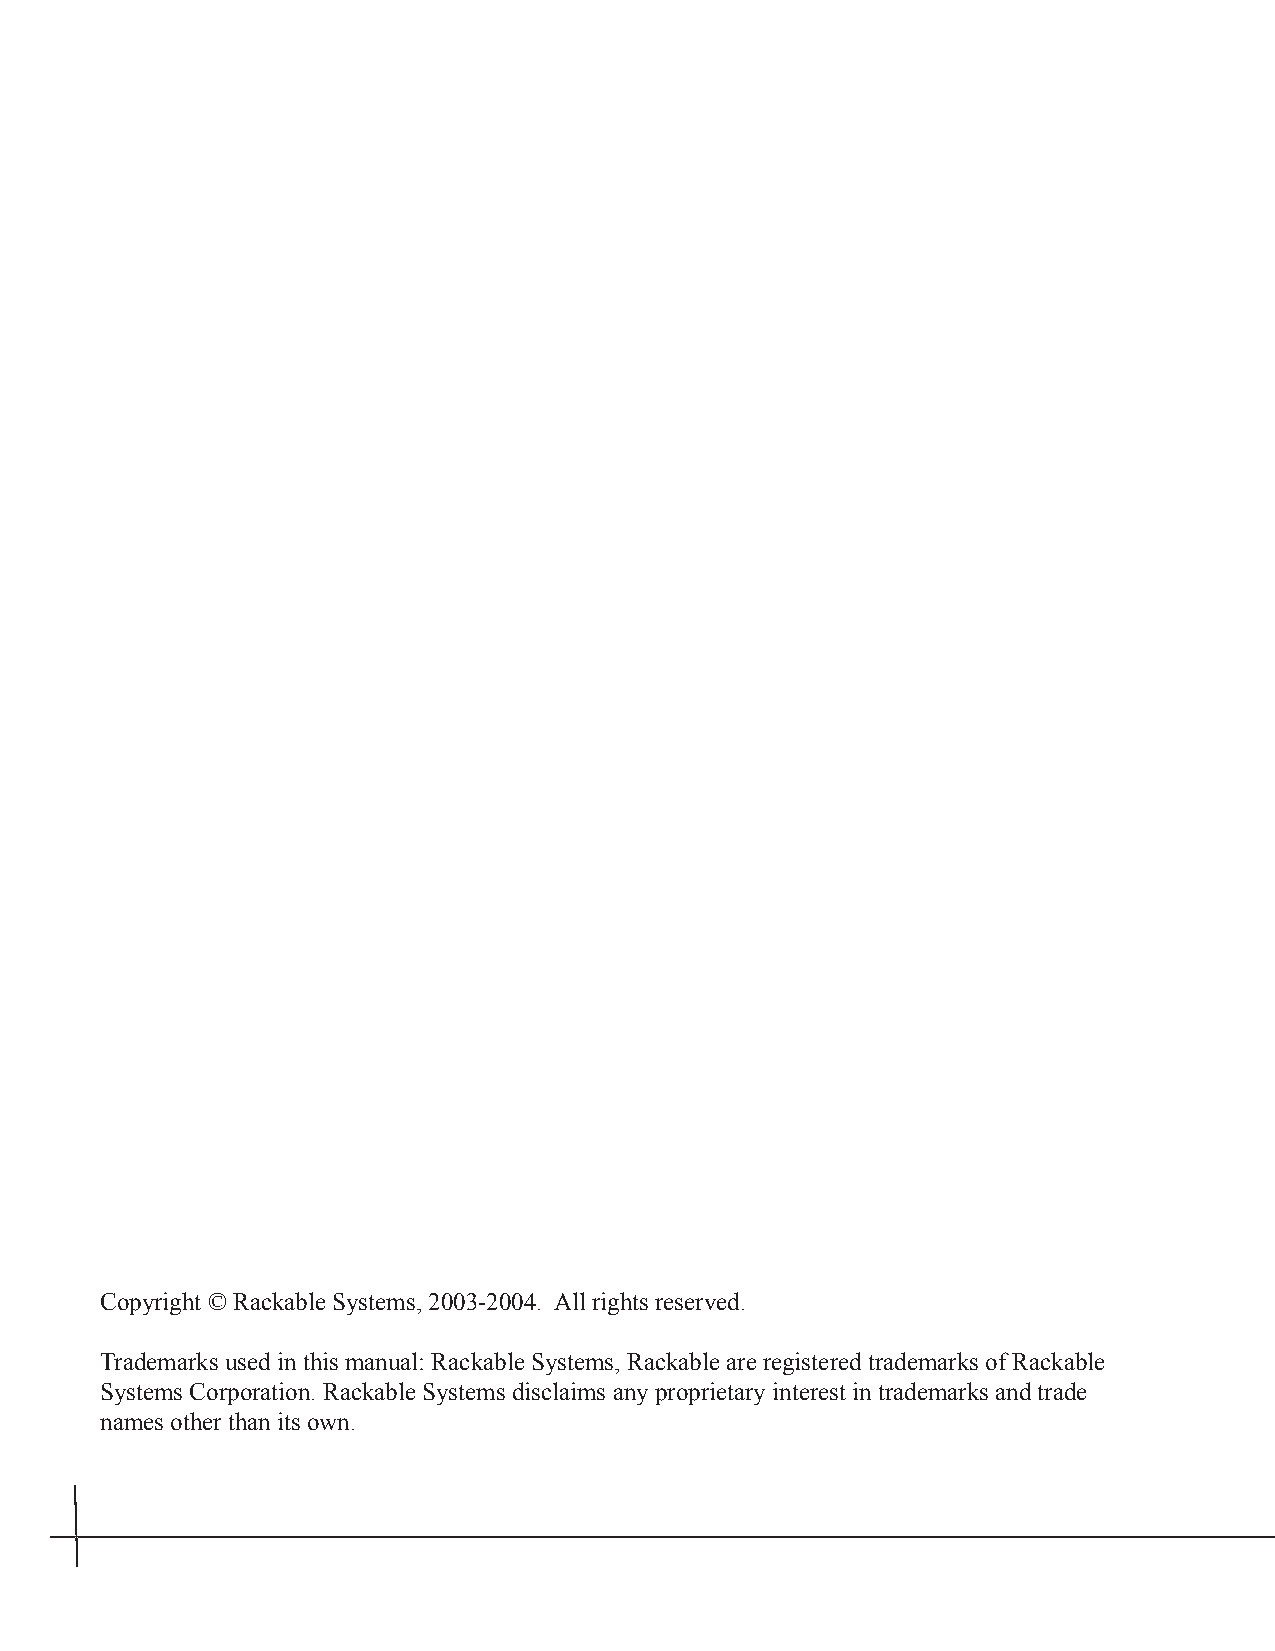
Copyright © Rackable Systems, 2003-2004. All rights reserved.
 Trademarks used in this manual: Rackable Systems, Rackable are registered trademarks of Rackable
 Systems Corporation. Rackable Systems disclaims any proprietary interest in trademarks and trade
 names other than its own.